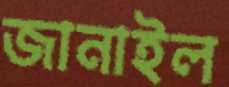
জানাইল